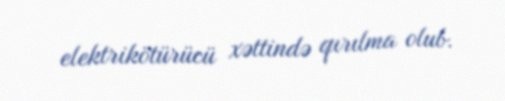
elektrikötürücü xəttində qırılma olub.